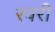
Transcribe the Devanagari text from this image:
रवरी